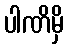
ပါဏိမှိ